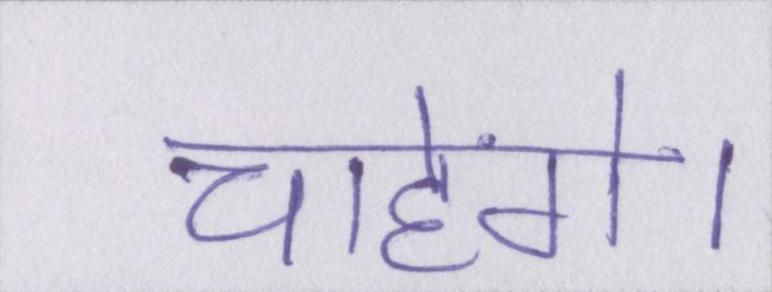
चाहेंगे।